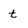
Character: t